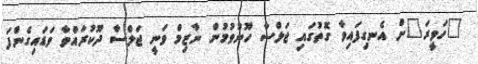
"ހަވީރަ"ށް އެނގިފައިވާ ގޮތުގައި ޖަލްސާ ހޫނުވުމުން ނާޒިމް ވަނީ ޖަލްސާ ދޫކުރައްވާ ވަޑައިގެންފަ